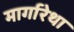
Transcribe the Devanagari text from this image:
मार्गारेथा